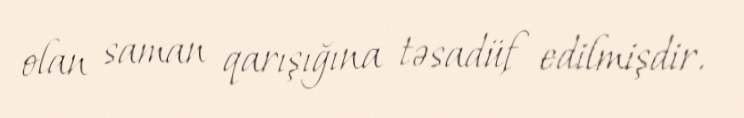
olan saman qarışığına təsadüf edilmişdir.